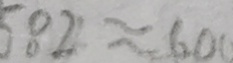
5 8 2 \approx 6 0 0